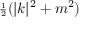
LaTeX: { \scriptstyle { \frac { 1 } { 2 } } } ( | k | ^ { 2 } + m ^ { 2 } )